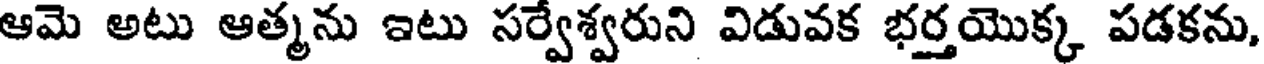
ఆమె అటు ఆత్మను ఇటు సర్వేశ్వరుని విడువక భర్తయొక్క పడకను,